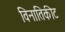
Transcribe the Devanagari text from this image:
विनातिकीट